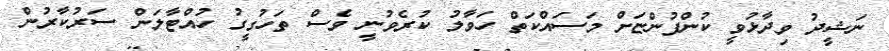
ނަޝީދު ވިދާޅުވީ ކުންފުންޏަށް މަސައްކަތް ހަވާލު ކުރެވުނީ ވެސް ތަހުގީގު ހުއްޓާލަން ސަރުކާރުން